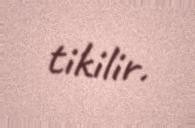
tikilir.